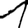
Digit: 1